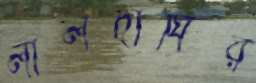
লালদীঘির